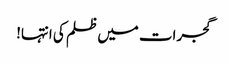
گجرات میں ظلم کی انتہا!